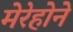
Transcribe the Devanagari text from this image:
मेरेहोने